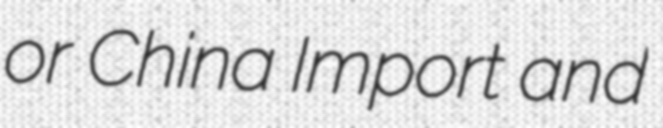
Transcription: or China Import and